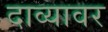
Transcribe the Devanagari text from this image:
दाव्यावर